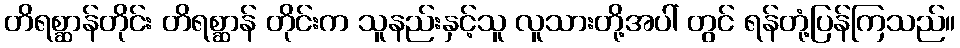
တိရစ္ဆာန်တိုင်း တိရစ္ဆာန် တိုင်းက သူနည်းနှင့်သူ လူသားတို့အပါ် တွင် ရန်တုံ့ပြန်ကြသည်။